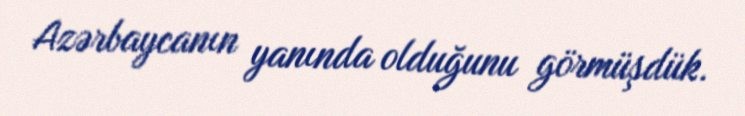
Azərbaycanın yanında olduğunu görmüşdük.